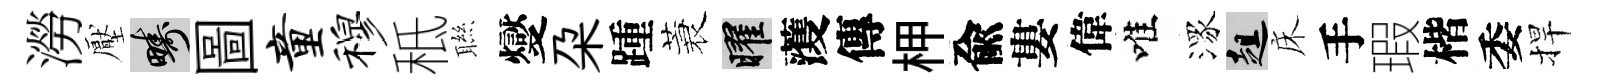
澇壓疇圖童穆秪聮燮朶踵蓑曜𮑮傳柙兪婁偉唯潈趄床手瑕楷委捍